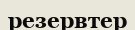
резервтер